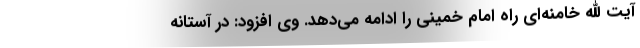
آیت ‌الله خامنه‌ای راه امام خمینی را ادامه می‌دهد. وی افزود: در آستانه